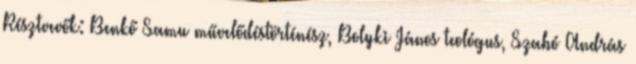
Résztvevők: Benkő Samu művelődéstörténész, Bolyki János teológus, Szabó András